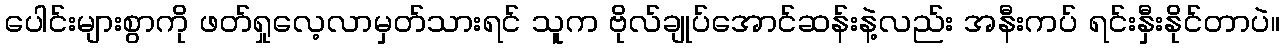
ပေါင်းများစွာကို ဖတ်ရှုလေ့လာမှတ်သားရင် သူက ဗိုလ်ချုပ်အောင်ဆန်းနဲ့လည်း အနီးကပ် ရင်းနှီးနိုင်တာပဲ။